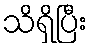
သိရှိပြီး